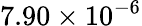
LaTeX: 7.90\times 10^{-6}